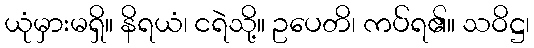
ယုံမှားမရှိ။ နိရယံ၊ ငရဲသို့။ ဥပေတိ၊ ကပ်ရ၏။ သဝိဋ္ဌ၊